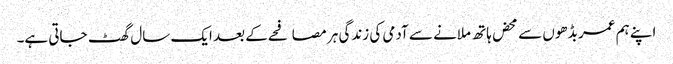
اپنے ہم عمر بڈھوں سے محض ہاتھ ملانے سے آدمی کی زندگی ہر مصافحے کے بعد ایک سال گھٹ جاتی ہے۔